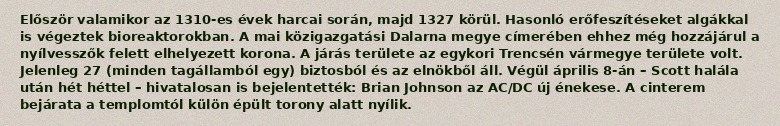
Először valamikor az 1310-es évek harcai során, majd 1327 körül. Hasonló erőfeszítéseket algákkal is végeztek bioreaktorokban. A mai közigazgatási Dalarna megye címerében ehhez még hozzájárul a nyílvesszők felett elhelyezett korona. A járás területe az egykori Trencsén vármegye területe volt. Jelenleg 27 (minden tagállamból egy) biztosból és az elnökből áll. Végül április 8-án – Scott halála után hét héttel – hivatalosan is bejelentették: Brian Johnson az AC/DC új énekese. A cinterem bejárata a templomtól külön épült torony alatt nyílik.